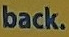
back